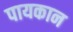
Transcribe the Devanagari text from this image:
पायकान